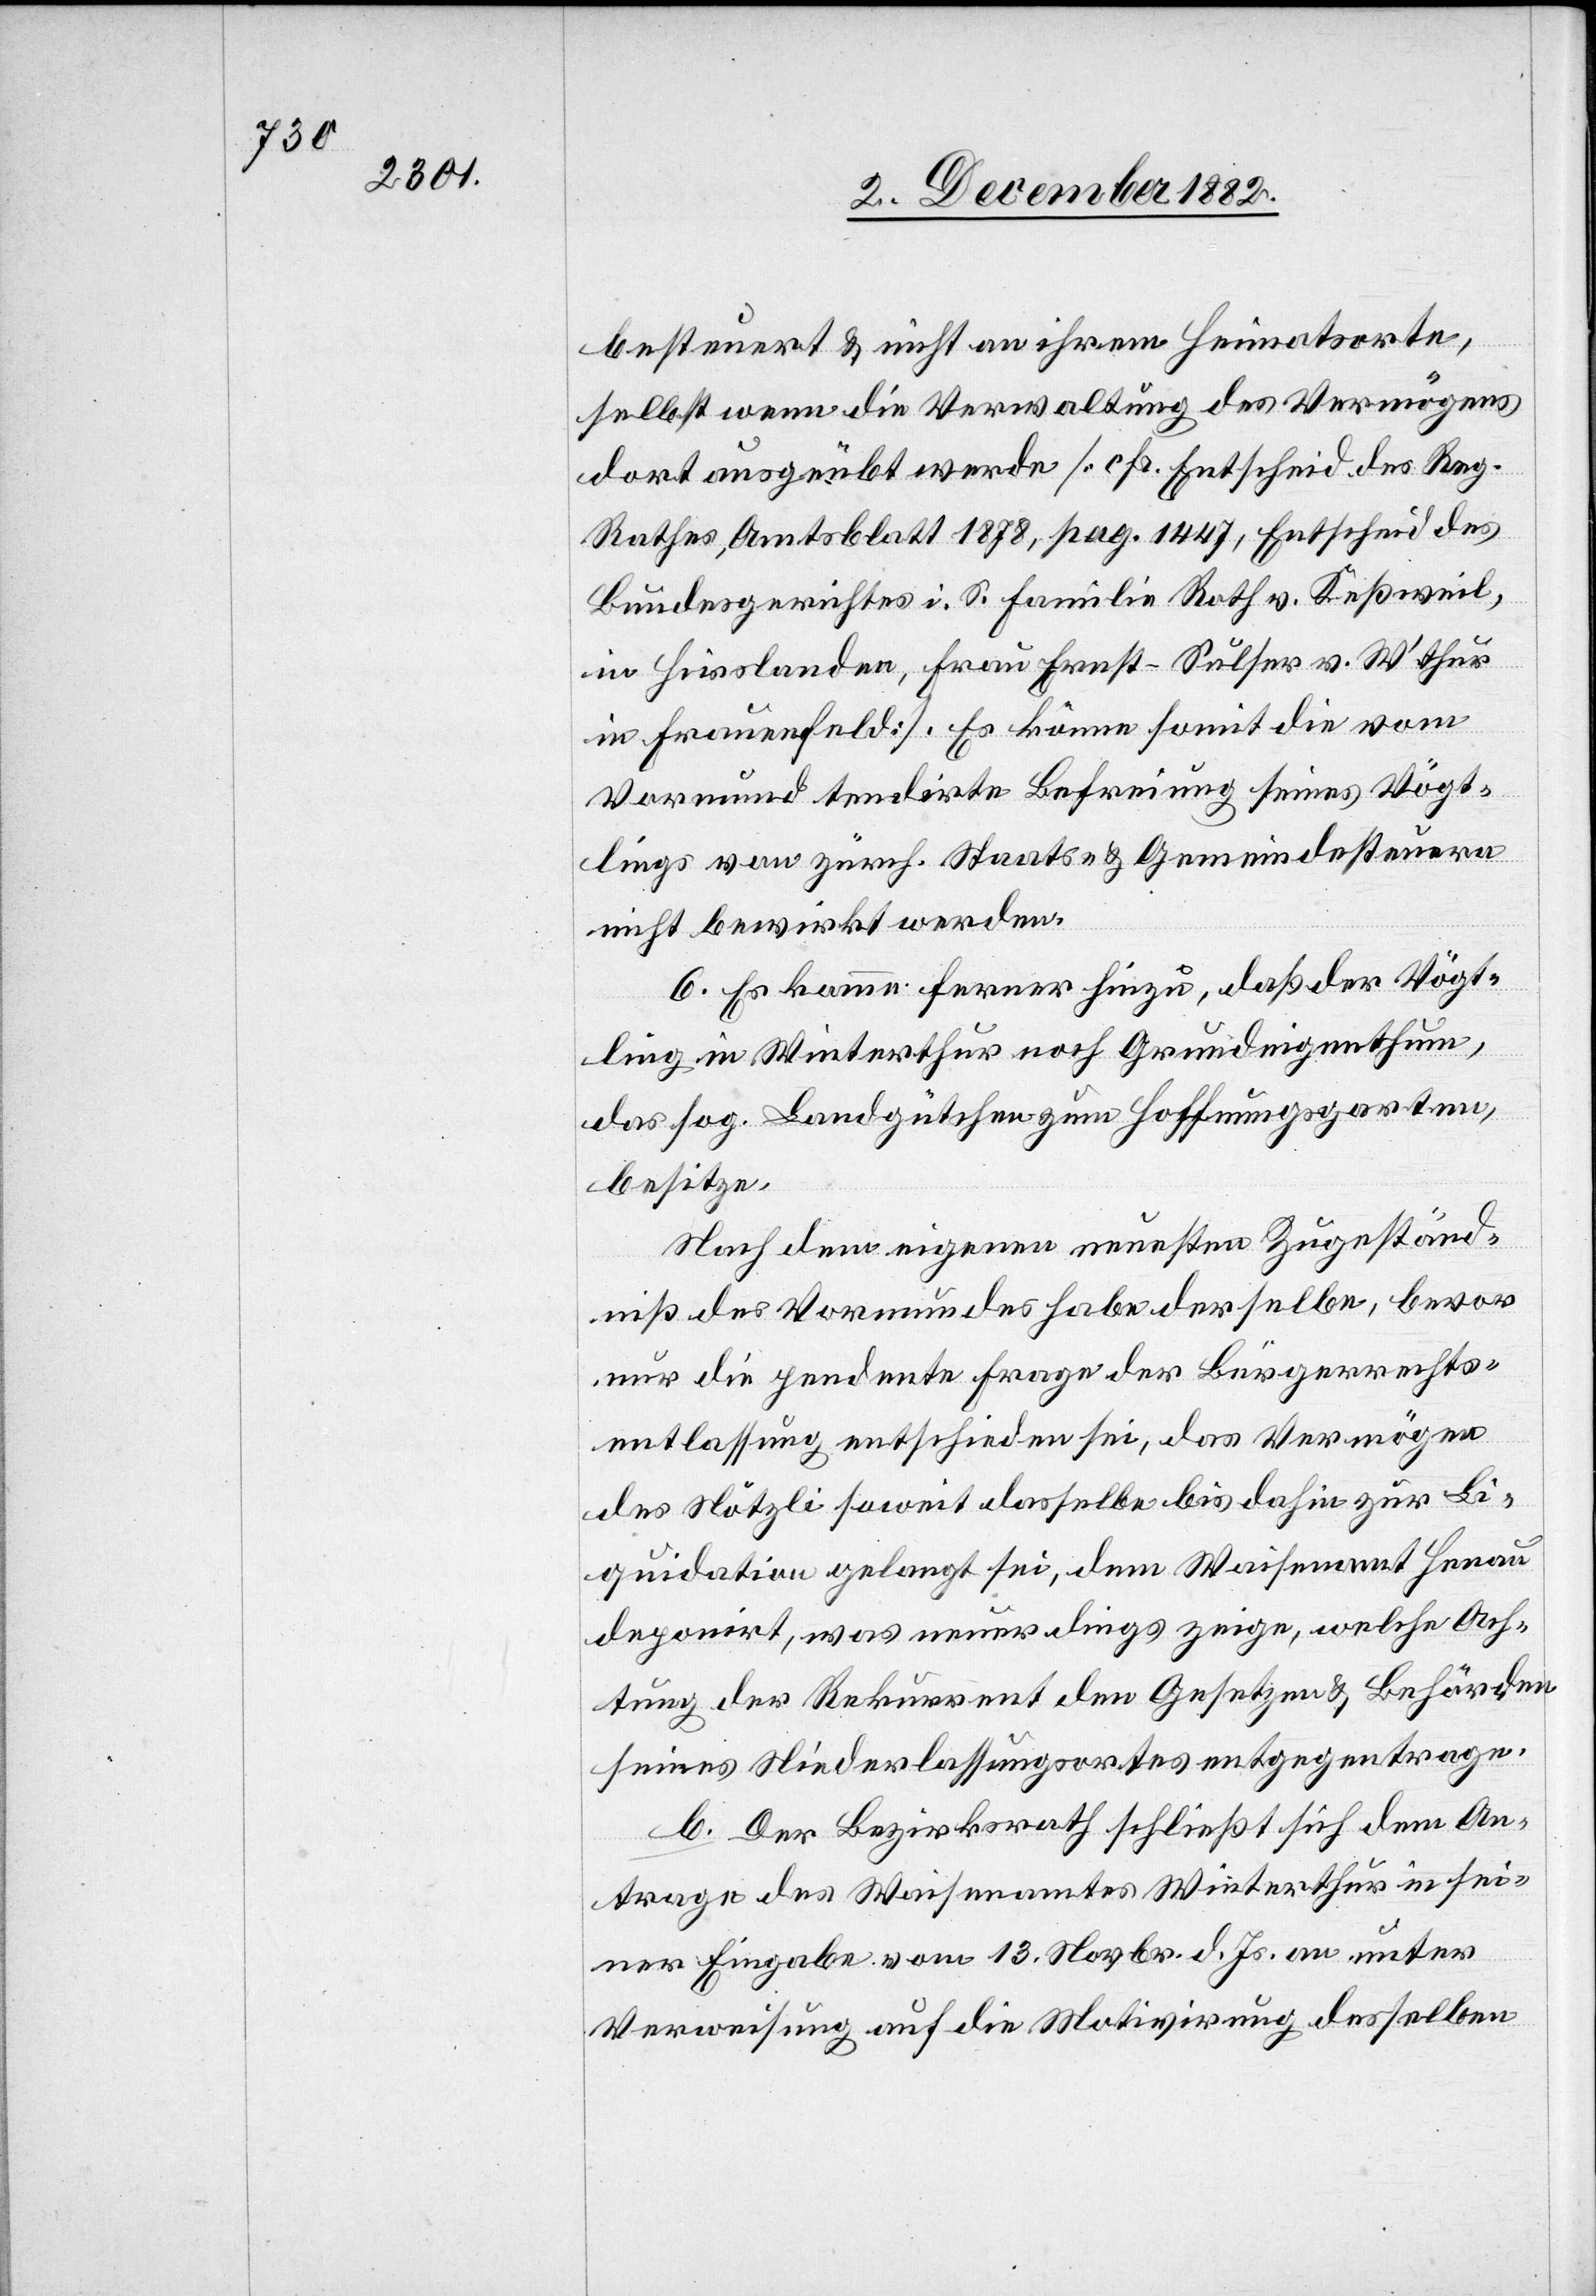
besteuert & nicht an ihrem Heimatsorte,
selbst wenn die Verwaltung des Vermögens
dort ausgeübt werde [cfr. Entscheid des Reg.
Rathes, Amtsblatt 1878, pag. 1447, Entscheid des
Bundesgerichtes i. S. Familie Roth v. Keßweil,
in Hirslanden, Frau Ernst-Sulser v. W’thur
in Frauenfeld]. Es könne somit die vom
Vormund tendirte Befreiung seines Vögt¬
lings von zürch. Staats- & Gemeindesteuern
nicht bewirkt werden.
6. Es komme ferner hinzu, daß der Vögt¬
ling in Winterthur noch Grundeigenthum,
das sog. Landgütchen zum Hoffnungsgarten,
besitze.
Nach dem eigenen neuesten Zugeständ¬
niß des Vormundes habe derselbe, bevor
nur die pendente Frage der Bürgerrechts¬
entlassung entscheiden sei, das Vermögen
des Nötzli soweit dasselbe bis dahin zur Li¬
quidation gelangt sei, dem Waisenamt Henau
deponirt, was neuerdings zeige, welche Ach¬
tung der Rekurrent den Gesetzen & Behörden
seines Niederlassungsortes entgegentrage.
b. Der Bezirksrath schließt sich dem An¬
trage des Waisenamtes Winterthur in sei¬
ner Eingabe vom 13. Novbr. d. Js. an unter
Verweisung auf die Motivirung desselben